Burma Government Medical School reports 1923-41
Year: 1923
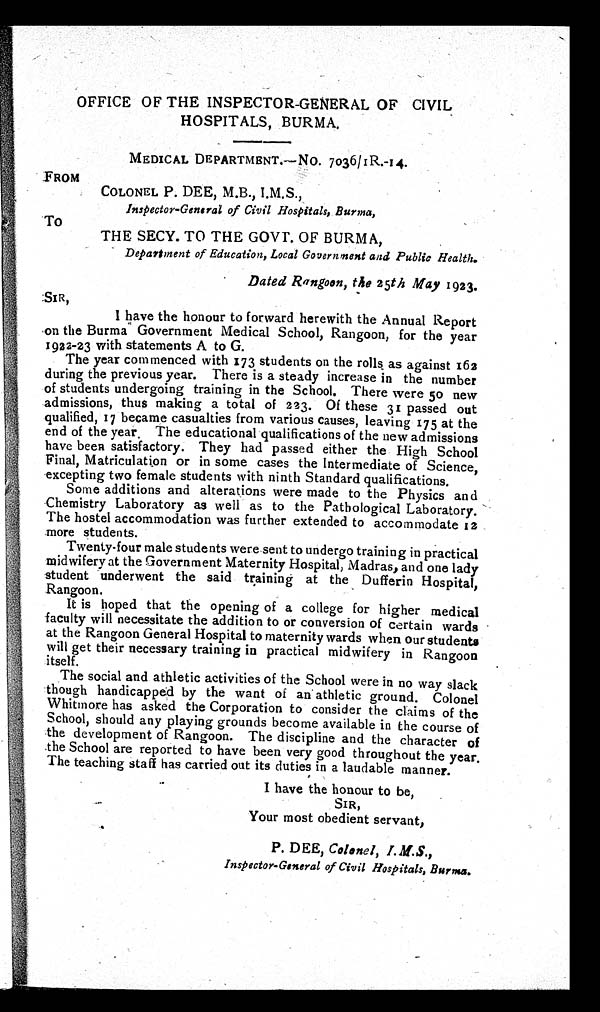
OFFICE OF THE INSPECTOR-GENERAL OF CIVIL
HOSPITALS, BURMA.
MEDICAL DEPARTMENT.—NO. 7036/IR.-14.
FROM
COLONEL P. DEE, M.B., I.M.S.,
Inspector-General of Civil Hospitals, Burma,
To
THE SECY. TO THE GOVT. OF BURMA,
Department of Education, Local Government and Public Health.
Dated Rangoon, the 25th May 1923.
S i r ,
I have the honour to forward herewith the Annual Report
on the Burma Government Medical School, Rangoon, for the year
1922-23 with statements A to G.
The year commenced with 173 students on the rolls as against 162
during the previous year. There is a steady increase in the number
of students undergoing training in the School. There were 50 new
admissions, thus making a total of 223. Of these 31 passed out
qualified, 17 became casualties from various causes, leaving 175 at the
end of the year . The educational qualifications of the new admissions
have been satisfactory. They had passed either the High School
Final, Matriculation or in some cases the Intermediate of Science,
excepting two female students with ninth Standard qualifications.
Some additions and alterations were made to the Physics and
Chemistry Laboratory as well as to the Pathological Laboratory.
The hostel accommodation was further extended to accommodate 12
more students.
Twenty-four male students were sent to undergo training in practical
midwifery at the Government Maternity Hospital, Madras, and one lady
student underwent the said training at the Dufferin Hospital,
Rangoon.
It is hoped that the opening of a college for higher medical
faculty will necessitate the addition to or conversion of certain wards
at the Rangoon General Hospital to maternity wards when our students
will get their necessary training in practical midwifery in Rangoon
itself.
The social and athletic activities of the School were in no way slack
though handicapped by the want of an athletic ground. Colonel
Whitmore has asked the Corporation to consider the claims of the
School, should any playing grounds become available in the course of
the development of Rangoon. The discipline and the character of
the School are reported to have been very good throughout the year.
The teaching staff has carried out its duties in a laudable manner.
I have the honour to be,
SIR,
Your most obedient servant,
P. DEE, Colonel, I.M.S. ,
Inspector-General of Civil Hospitals, Burma.